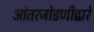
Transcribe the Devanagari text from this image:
आंतरजोडणीद्वारे